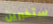
ستخبرين